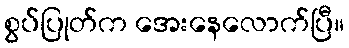
စွပ်ပြုတ်က အေးနေလောက်ပြီ။